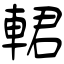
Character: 輑